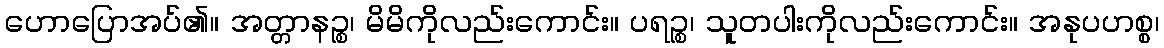
ဟောပြောအပ်၏။ အတ္တာနဉ္စ၊ မိမိကိုလည်းကောင်း။ ပရဉ္စ၊ သူတပါးကိုလည်းကောင်း။ အနုပဟစ္စ၊